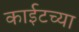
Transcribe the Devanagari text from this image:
काईटच्या